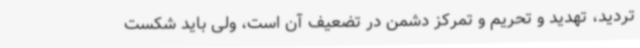
تردید، تهدید و تحریم و تمرکز دشمن در تضعیف آن است، ولی باید شکست